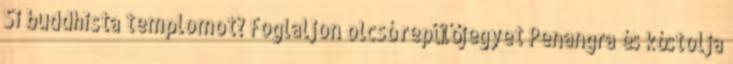
Si buddhista templomot? Foglaljon olcsó repülőjegyet Penangra és kóstolja